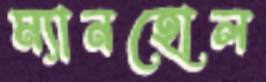
ম্যানহোল